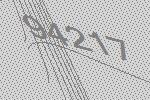
94217